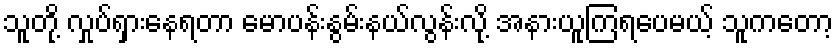
သူတို့ လှုပ်ရှားနေရတာ မောပန်းနွမ်းနယ်လွန်းလို့ အနားယူကြရပေမယ့် သူကတော့